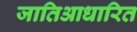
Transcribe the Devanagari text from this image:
जातिआधारित